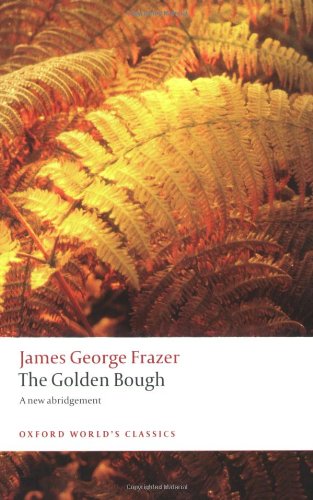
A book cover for The Golden Bough: A Study in Magic and Religion: A New Abridgement from the Second and Third Editions (Oxford World's Classics); James George Frazer; Religion & Spirituality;